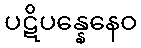
ပဋိပန္နေနေဝ